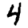
Digit: 4